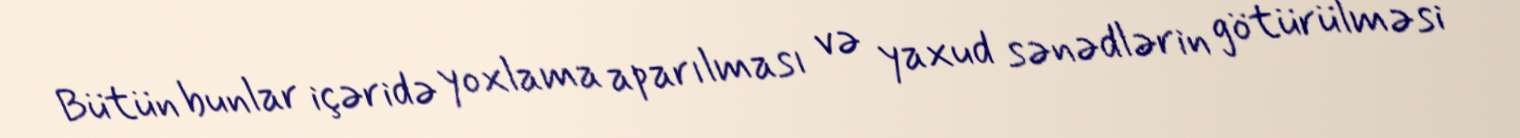
Bütün bunlar içəridə yoxlama aparılması və yaxud sənədlərin götürülməsi